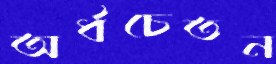
অর্ধচেতন